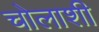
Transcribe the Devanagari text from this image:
चोलाशी